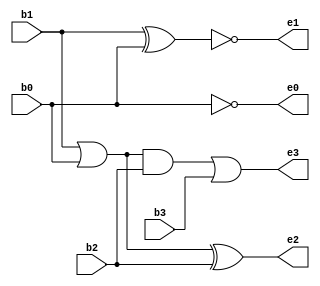
module bcd_excess3
  (input b3,b2,b1,b0,
   output e3,e2,e1,e0);
  
  wire x,y,z;
  
  or r1(x,b1,b0);
  and a1(y,x,b2);
  xor x1(z,b1,b0);
  or r2(e3,y,b3);
  xor x2(e2,x,b2);
  not n1(e1,z);
  not n2(e0,b0);
  
endmodule